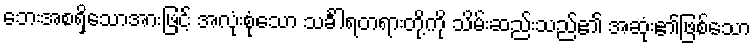
ဘေးအစရှိသောအားဖြင့် အလုံးစုံသော သင်္ခါရတရားတို့ကို သိမ်းဆည်းသည်၏ အဆုံး၏ဖြစ်သော